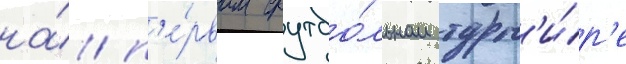
на́ п'е́рвом футбо́льном турн'и́р'е